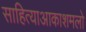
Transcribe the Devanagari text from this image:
साहित्याआकाशमलो